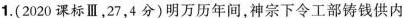
1.(2020课标Ⅲ，27，4分)明万历年间，神宗下令工部铸钱供内